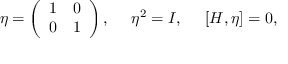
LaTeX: \eta = \left( \begin{array} { c c } { { 1 } } & { { 0 } } \\ { { 0 } } & { { 1 } } \end{array} \right) , ~ ~ ~ ~ \eta ^ { 2 } = I , ~ ~ ~ ~ [ H , \eta ] = 0 ,